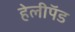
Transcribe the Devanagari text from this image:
हेलीपॅड